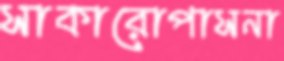
সাকারোপাসনা